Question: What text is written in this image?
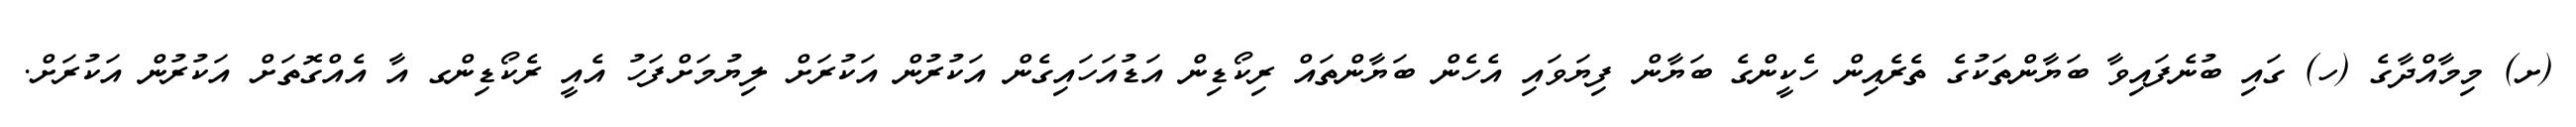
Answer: (ށ) މިމާއްދާގެ (ހ) ގައި ބުނެފައިވާ ބަޔާންތަކުގެ ތެރެއިން ހެކީންގެ ބަޔާން ފިޔަވައި އެހެން ބަޔާންތައް ރިކޯޑިން އަޑުއަހައިގެން އަކުރުން އަކުރަށް ލިޔުމަށްފަހު އެއީ ރެކޯޑިންގ އާ އެއްގޮތަށް އަކުރުން އަކުރަށް.